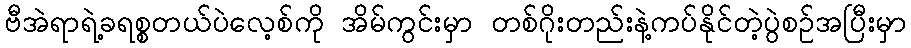
ဗီအဲရာရဲ့ခရစ္စတယ်ပဲလေ့စ်ကို အိမ်ကွင်းမှာ တစ်ဂိုးတည်းနဲ့ကပ်နိုင်တဲ့ပွဲစဉ်အပြီးမှာ